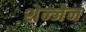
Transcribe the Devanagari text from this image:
शेन्जेन